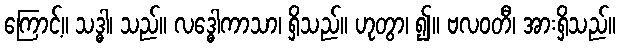
ကြောင့်။ သဒ္ဓါ၊ သည်။ လဒ္ဓေါကာသာ၊ ရှိသည်။ ဟုတွာ၊ ၍။ ဗလဝတီ၊ အားရှိသည်။